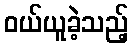
ဝယ်ယူခဲ့သည့်